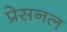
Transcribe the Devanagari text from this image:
प्रेसनल